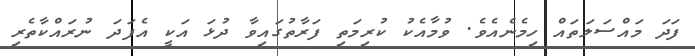
ފަދަ މައްސަލަތައް ހިމެނެއެވެ. ވުމާއެކު ކުރިމަތި ފަރާތުގައިވާ ދުޅަ އަކީ އެފަދަ ނުރައްކާތެރި